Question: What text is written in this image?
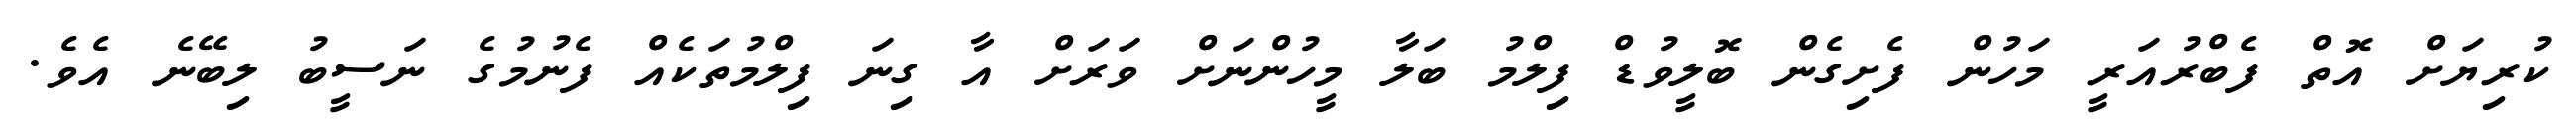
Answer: ކުރިޔަށް އޮތް ފެބްރުއަރީ މަހުން ފެށިގެން ބޮލީވުޑް ފިލްމު ބަލާ މީހުންނަށް ވަރަށް އާ ގިނަ ފިލްމުތަކެއް ފެނުމުގެ ނަސީބު ލިބޭނެ އެވެ.